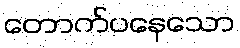
တောက်ပနေသော